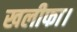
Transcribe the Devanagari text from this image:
खलीफा।